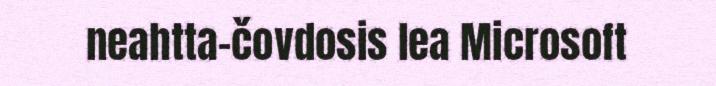
neahtta-čovdosis lea Microsoft